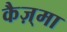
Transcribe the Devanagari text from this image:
कैज़्मा